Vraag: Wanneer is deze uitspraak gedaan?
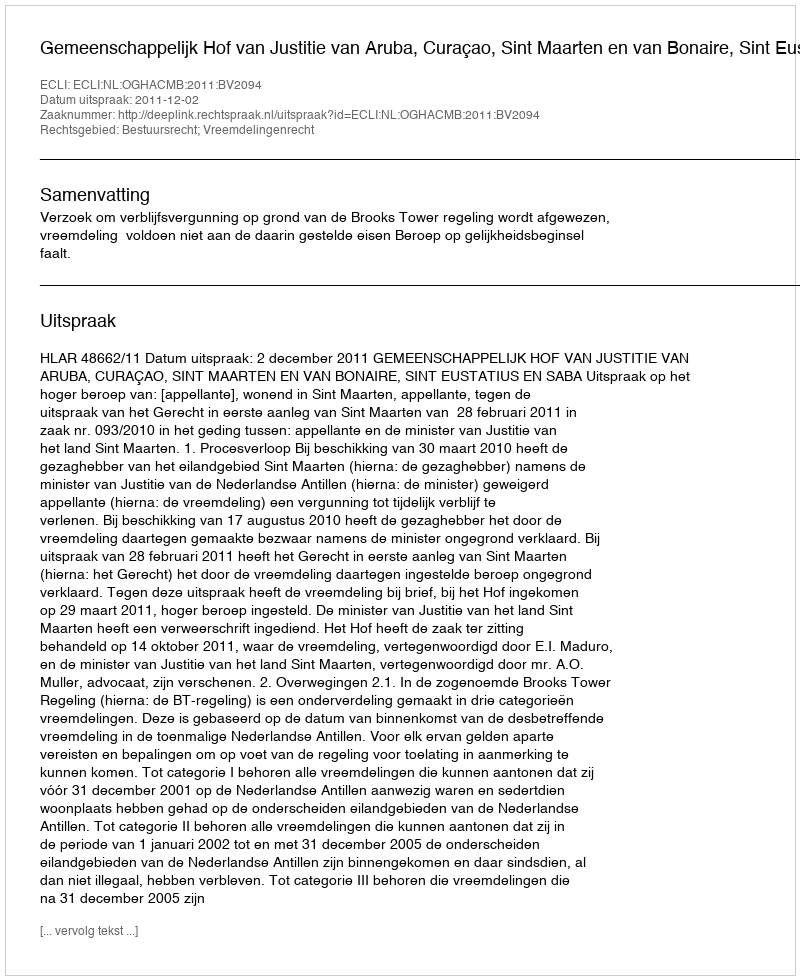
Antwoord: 2011-12-02